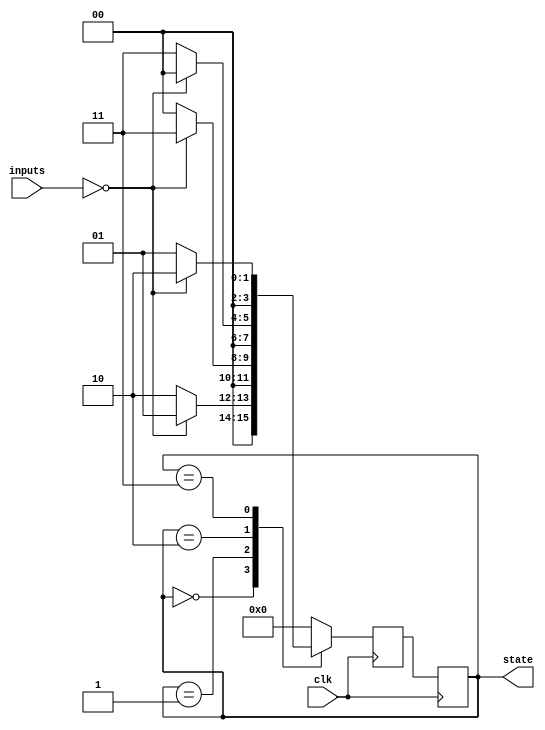
module gray_state_machine (
    input wire clk,
    input wire [N-1:0] inputs,
    output reg [M-1:0] state
);

parameter N = 4; // Number of input bits
parameter M = 4; // Number of state bits

reg [M-1:0] next_state;

always @ (posedge clk) begin
    case(state)
        0: begin // Initial state
            if (inputs == 0) begin
                next_state <= 1;
            end else begin
                next_state <= 2;
            end
        end
        1: begin // State 1
            if (inputs == 0) begin
                next_state <= 3;
            end else begin
                next_state <= 0;
            end
        end
        2: begin // State 2
            if (inputs == 0) begin
                next_state <= 0;
            end else begin
                next_state <= 3;
            end
        end
        3: begin // State 3
            if (inputs == 0) begin
                next_state <= 2;
            end else begin
                next_state <= 1;
            end
        end
        default: next_state <= 0;
    endcase
end

always @ (posedge clk) begin
    state <= next_state;
end

endmodule